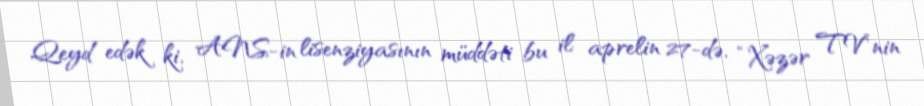
Qeyd edək ki, ANS-in lisenziyasının müddəti bu il aprelin 27-də, “Xəzər TV”nin